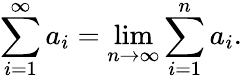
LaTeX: \sum_{i=1}^{\infty}a_{i}=\operatorname*{lim}_{n\to\infty}\sum_{i=1}^{n}a_{i}.